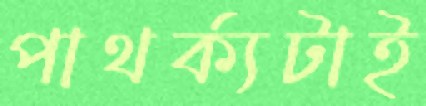
পাথর্ক্যটাই